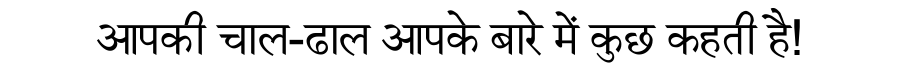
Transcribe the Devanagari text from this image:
आपकी चाल-ढाल आपके बारे में कुछ कहती है!